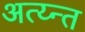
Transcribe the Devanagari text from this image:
अत्य्न्त